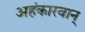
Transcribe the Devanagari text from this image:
अहंकारवान्